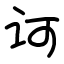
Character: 诃